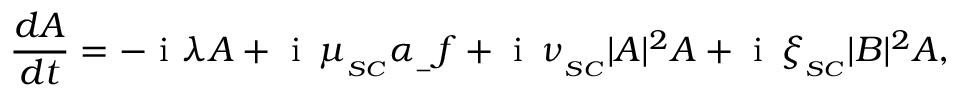
\frac { d A } { d t } = - \mathrm { ~ i ~ } \lambda A + \mathrm { ~ i ~ } \, \mu _ { _ { S C } } \alpha _ { _ - } f + \mathrm { ~ i ~ } \, \nu _ { _ { S C } } | A | ^ { 2 } A + \mathrm { ~ i ~ } \, \xi _ { _ { S C } } | B | ^ { 2 } A ,